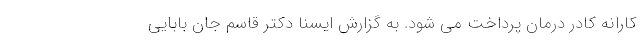
کارانه کادر درمان پرداخت می شود. به گزارش ایسنا دکتر قاسم جان بابایی